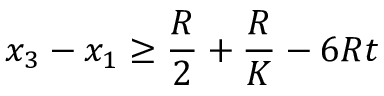
x _ { 3 } - x _ { 1 } \geq \frac { R } { 2 } + \frac { R } { K } - 6 R t